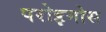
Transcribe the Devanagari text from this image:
परोइमोस